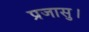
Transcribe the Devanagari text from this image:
प्रजासु।